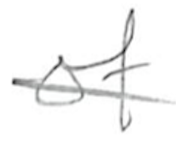
Text: of
Cross-out: single-line
Writing tool: pencil